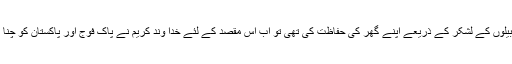
خدا کی قسم اگر ماضی میں خدا تعالیٰ نے ابابیلوں کے لشکر کے ذریعے اپنے گھر کی حفاظت کی تھی تو اب اس مقصد کے لئے خدا وندِ کریم نے پاک فوج اور پاکستان کو چنا ہے، یہی اس کی ایٹمی صلاحیت کا راز ہے۔